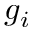
g _ { i }